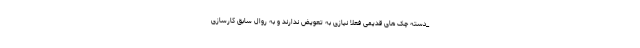
_دسته چک های قدیمی فعلا نیازی به تعویض ندارند و به روال سابق کارسازی